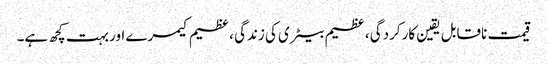
قیمت ناقابل یقین کارکردگی ، عظیم بیٹری کی زندگی ، عظیم کیمرے اور بہت کچھ ہے۔